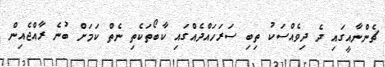
ޗެންނާއީގައި ދެ ދިވެއްސަކު ތިބި ސަރަހައްދެއްގައި ކާބޯތަކެތި ނެތް ކަމަށް ބުނެ ރާއްޖެއިން